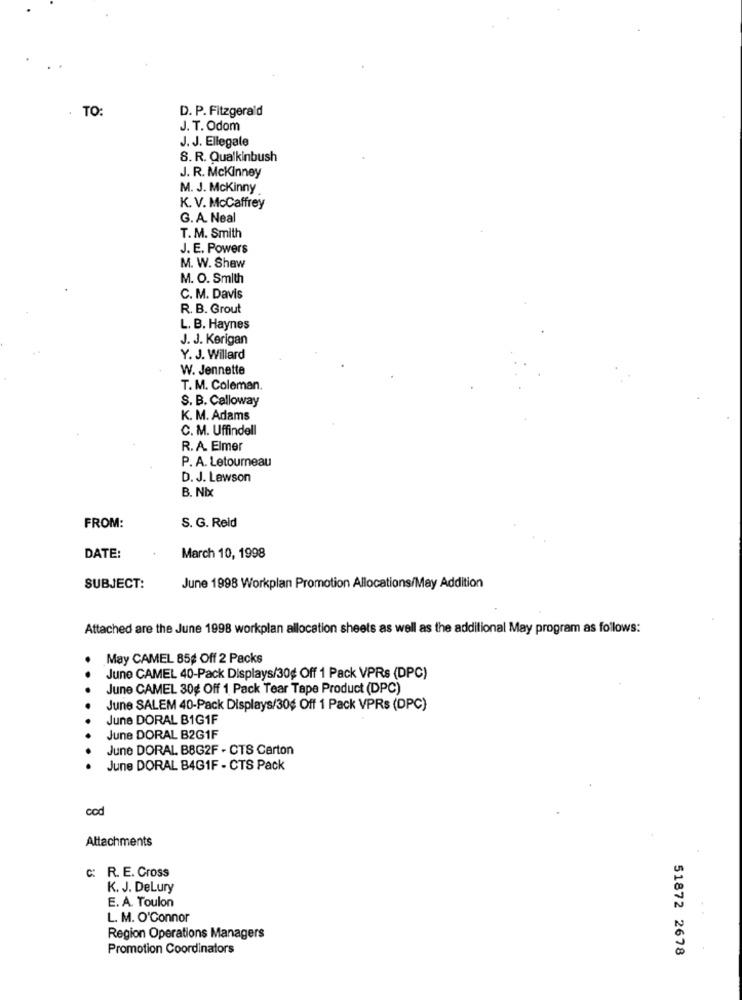
TO
D. P. Fitzgerald
J. T. Odom
J. J. Ellegale
S. R. Qualkinbush
J. R. Mckinney
M. J. McKinny
K. V. McCaffrey
G. A. Neal
T. M. Smith
J. E. Powers
M. W. Shaw
M. O. Smith
C. M. Davis
R. B. Grout
L. B. Haynes
J. J. Kerigan
Y. J. Willard
W. Jennette
T. M. Coleman.
S. B. Calloway
K. M. Adams
C. M. Uffindell
R. A. Elmer
P. A. Letourneau
D. J. Lawson
B. Nix
FROM:
S. G. Reid
DATE:
March 10, 1998
SUBJECT:
June 1998 Workplan Promotion Allocations/May Addition
Attached are the June 1998 workplan allocation sheets as well as the additional May program as follows:
May CAMEL 85¢ Off 2 Packs
June CAMEL 40-Pack Displays/30¢ Off 1 Pack VPRs (DPC)
June CAMEL 30g Off 1 Pack Tear Tape Product (DPC)
June SALEM 40-Pack Displays/30¢ Off 1 Pack VPRs (DPC)
June DORAL B1G1F
June DORAL B2G1F
June DORAL B8G2F - CTS Carton
June DORAL B4G1F - CTS Pack
cod
Attachments
c: R. E. Cross
K. J. DeLury
E. A. Toulon
L. M. O'Connor
Region Operations Managers
Promotion Coordinators
51872 2678